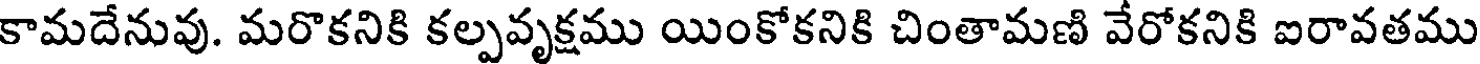
కామదేనువు. మరొకనికి కల్పవృక్షము యింకోకనికి చింతామణి వేరోకనికి ఐరావతము